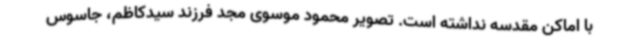
با اماکن مقدسه نداشته است. تصویر محمود موسوی مجد فرزند سیدکاظم، جاسوس